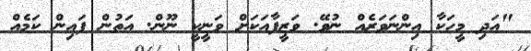
"އަދި މީހަކާ އިންނަވަރެއް ނުވޭ. ވަޒީފާއަކަށް ވަނީކީ ނޫން. އަތުން ފައިން ކަމެއް